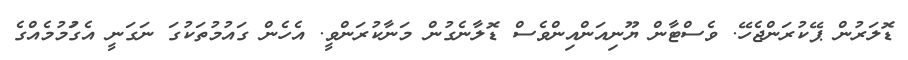
ޑޮލަރުން ޕޭކުރަންޖެހޭ. ވެސްޓާން ޔޫނިއަންއިންވެސް ޑޮލާނެގުން މަނާކުރަންވީ. އެހެން ގައުމުތަކުގަ ނަގަނީ އެގަުމުމެއްގެ